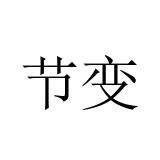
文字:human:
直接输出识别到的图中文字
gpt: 节变